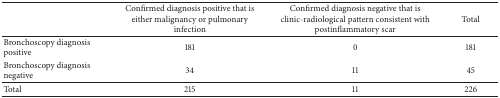
<table><thead><tr><td><b> </b></td><td><b>Confirmed diagnosis positive that is either malignancy or pulmonary infection</b></td><td><b>Confirmed diagnosis negative that is clinic-radiological pattern consistent with postinflammatory scar</b></td><td><b>Total </b></td></tr></thead><tbody><tr><td>Bronchoscopy diagnosis positive</td><td>181</td><td>0</td><td>181</td></tr><tr><td>Bronchoscopy diagnosis negative</td><td>34</td><td>11</td><td>45</td></tr><tr><td>Total</td><td>215</td><td>11</td><td>226</td></tr></tbody></table>